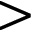
>